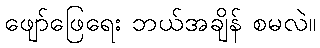
ဖျော်ဖြေရေး ဘယ်အချိန် စမလဲ။